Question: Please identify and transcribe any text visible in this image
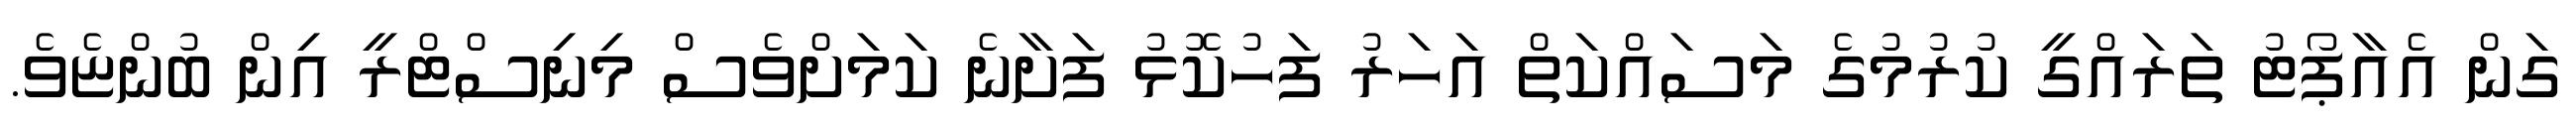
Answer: ގަން އެއާޕޯޓު ތަރައްގީ ކުރުމުގެ މަސައްކަތް އަހަރު ފަހުކޮޅު ފަށާނެ ކަމަށްވެސް މިނިސްޓްރީ އިން ބުންޏެވެ.